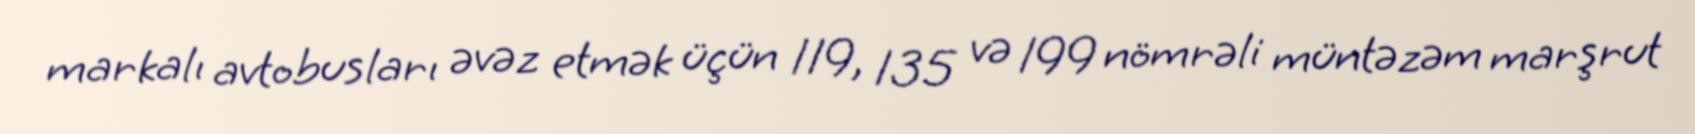
markalı avtobusları əvəz etmək üçün 119, 135 və 199 nömrəli müntəzəm marşrut